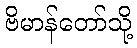
ဗိမာန်တော်သို့